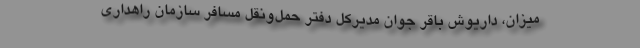
میزان، داریوش باقر جوان مدیرکل دفتر حمل‌ونقل مسافر سازمان راهداری